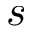
s